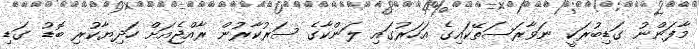
މާފަންނު ގަޑިބުރަކީ ނަވާރަސަތޭކައިގެ އަހަރުގައި ލަންކާގެ ސަރުކާރުން ރާއްޖެއަށް ހަދިޔާކުރި ބޮޑު ގަޑި